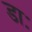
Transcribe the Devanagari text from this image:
डाः